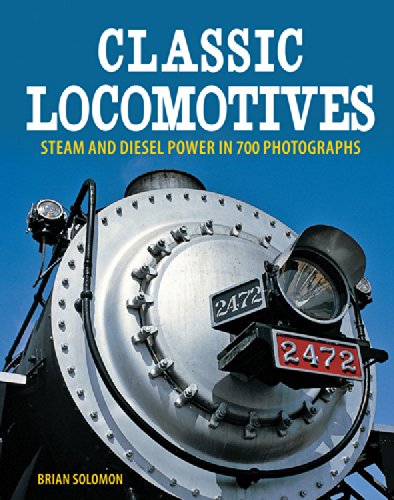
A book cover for Classic Locomotives: Steam and Diesel Power in 700 Photographs; Brian Solomon; Engineering & Transportation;